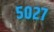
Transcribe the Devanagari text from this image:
५०२७